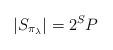
LaTeX: \begin{align*}\displaystyle \lvert S_{\pi_\lambda}\rvert=2^S P\end{align*}